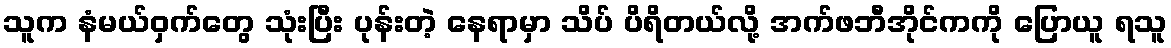
သူက နံမယ်ဝှက်တွေ သုံးပြီး ပုန်းတဲ့ နေရာမှာ သိပ် ပိရိတယ်လို့ အက်ဖဘီအိုင်ကကို ပြောယူ ရသူ